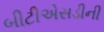
બીટીએસડીની